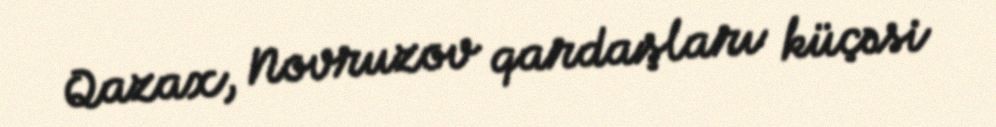
Qazax, Novruzov qardaşları küçəsi